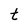
Character: t